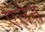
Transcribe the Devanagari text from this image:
एंतेन